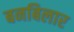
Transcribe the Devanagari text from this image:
बनबिलार